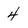
Character: 4